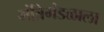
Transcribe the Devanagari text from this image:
मंत्रिमंडळाला